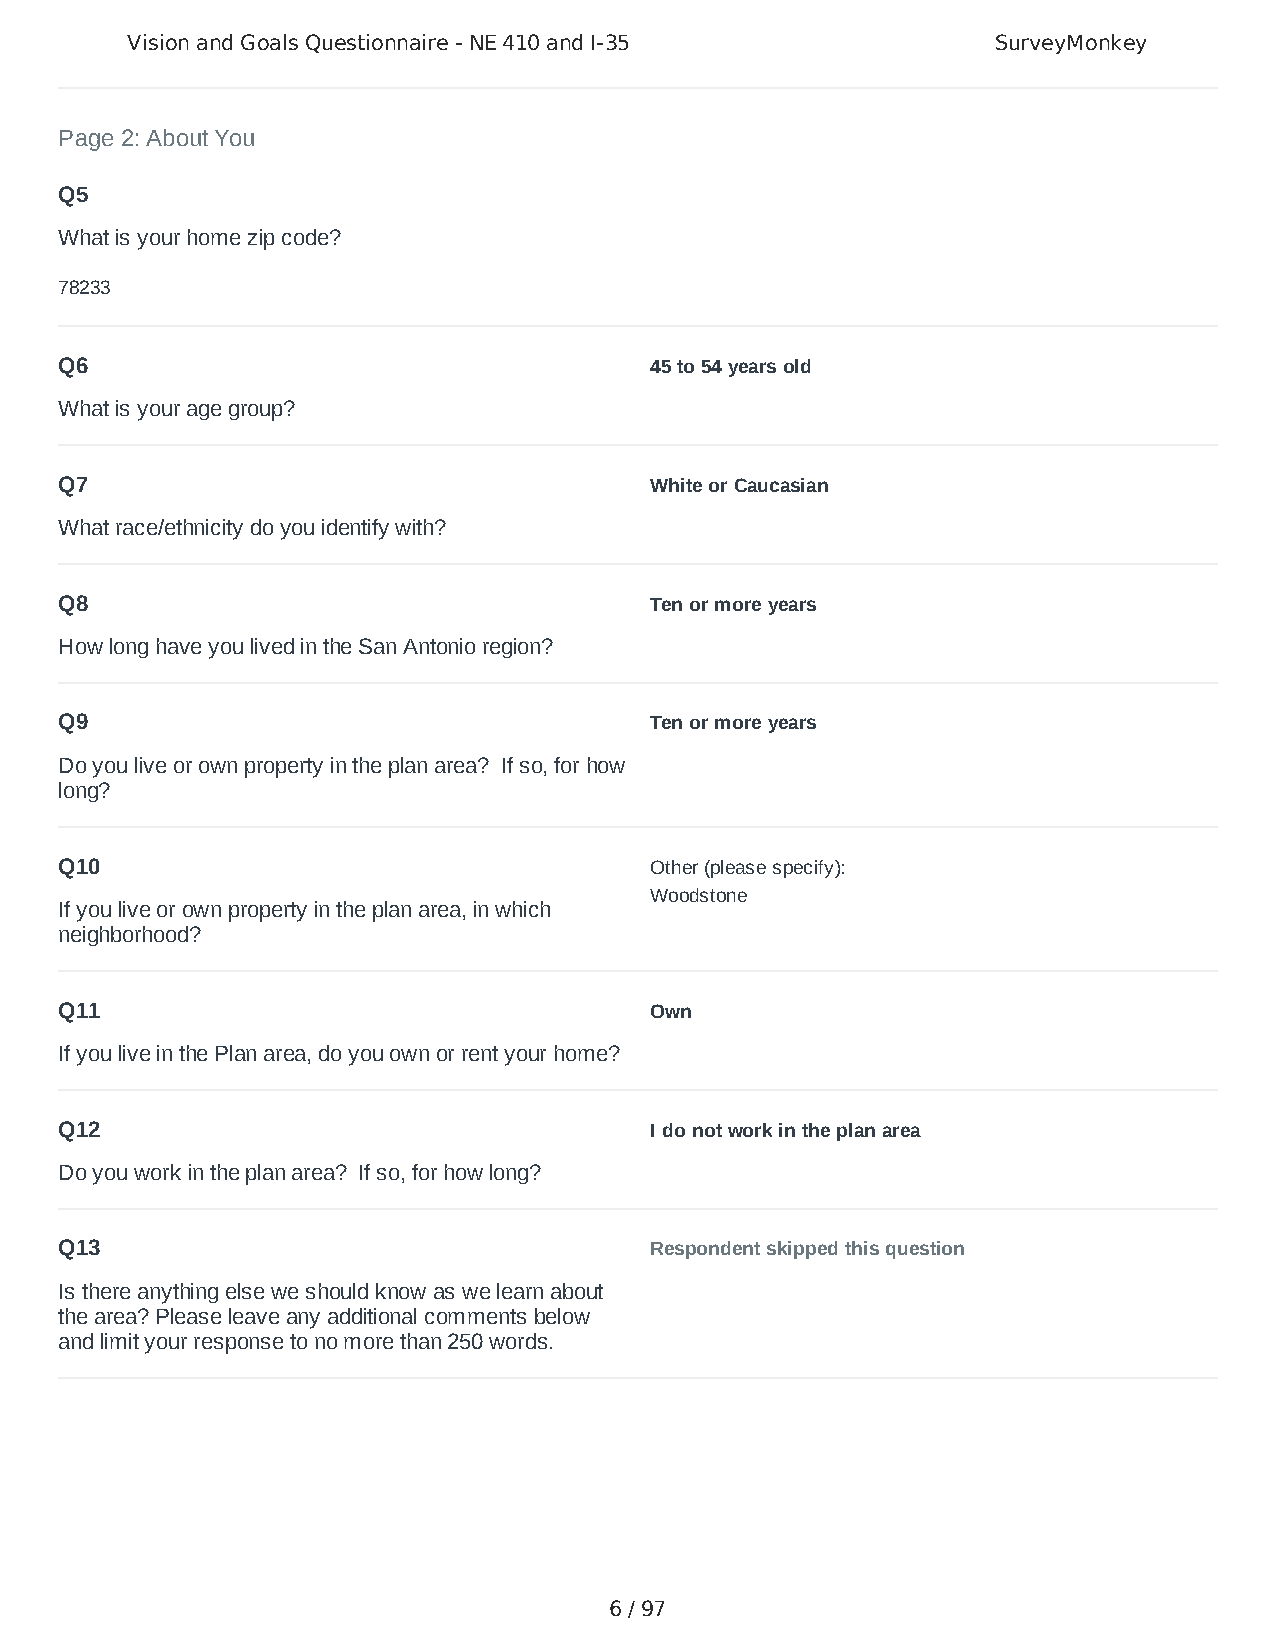
Vision and Goals Questionnaire - NE 410 and I-35          SurveyMonkey
 Page 2: About You
 Q5
 What is your home zip code?
 78233
 Q6                                     45 to 54 years old
 What is your age group?
 Q7                                     White or Caucasian
 What race/ethnicity do you identify with?
 Q8                                     Ten or more years
 How long have you lived in the San Antonio region?
 Q9                                     Ten or more years
 Do you live or own property in the plan area? If so, for how
 long?
 Q10                                    Other (please specify):
 Woodstone
 If you live or own property in the plan area, in which
 neighborhood?
 Q11                                    Own
 If you live in the Plan area, do you own or rent your home?
 Q12                                    I do not work in the plan area
 Do you work in the plan area? If so, for how long?
 Q13                                    Respondent skipped this question
 Is there anything else we should know as we learn about
 the area? Please leave any additional comments below
 and limit your response to no more than 250 words.
 6 / 97